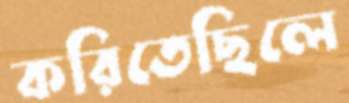
করিতেছিলে